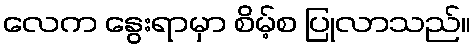
လေက နွေးရာမှာ စိမ့်စ ပြုလာသည်။